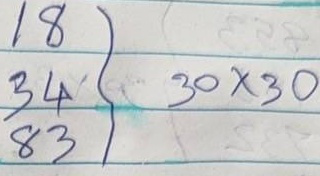
18 = 30 x 30
34 = 30 x 30
83 = 30 x 30